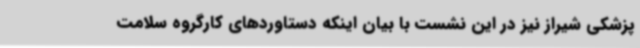
پزشکی شیراز نیز در این نشست با بیان اینکه دستاوردهای کارگروه سلامت